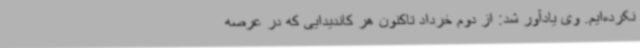
نکرده‌ایم. وی یادآور شد: از دوم خرداد تاکنون هر کاندیدایی که در عرصه